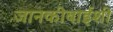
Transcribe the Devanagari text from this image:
जानकीबाईशी